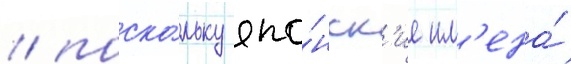
/ поско́льку япо́нск'ие им'ена́